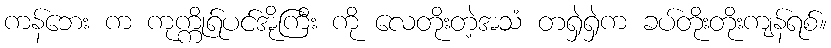
ကန်ဘေး က ကုက္ကိုရ်ပင်အိုကြီး ကို လေတိုးတဲ့အသံ တရှဲရှဲက ခပ်တိုးတိုးကျန်ရစ်။